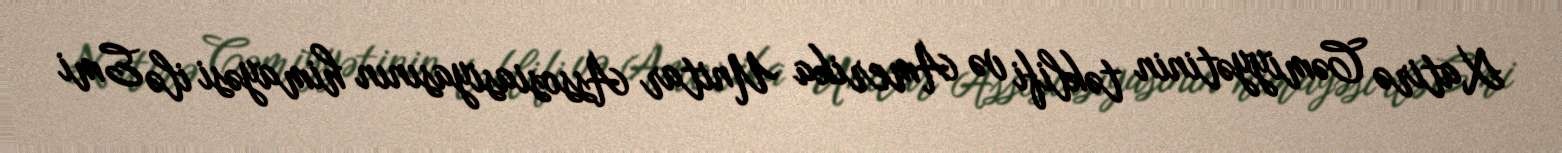
Xatirə Cəmiyyətinin təklifi və Amerika Unitar Assosiasiyasının himayəsi ilə Emi